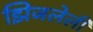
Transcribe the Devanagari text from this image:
झिजलेली